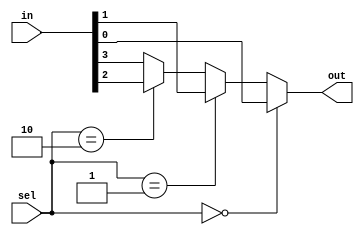
module M4to1muxPM (
    in, sel, out
);
    input [3:0] in;
    input [1:0 ]sel;
    output reg out;

    always @(*)
    begin
        if (sel==2'b00)
        out=in[0];
        else if (sel==2'b01)
        out=in[1];
        else if (sel==2'b10)
        out=in[2];
        else
        out=in[3];
    end

endmodule